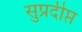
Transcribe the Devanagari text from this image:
सुप्रदीप्त